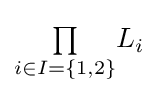
{\textstyle \prod \limits _{i\in I=\{1,2\}}}L_{i}